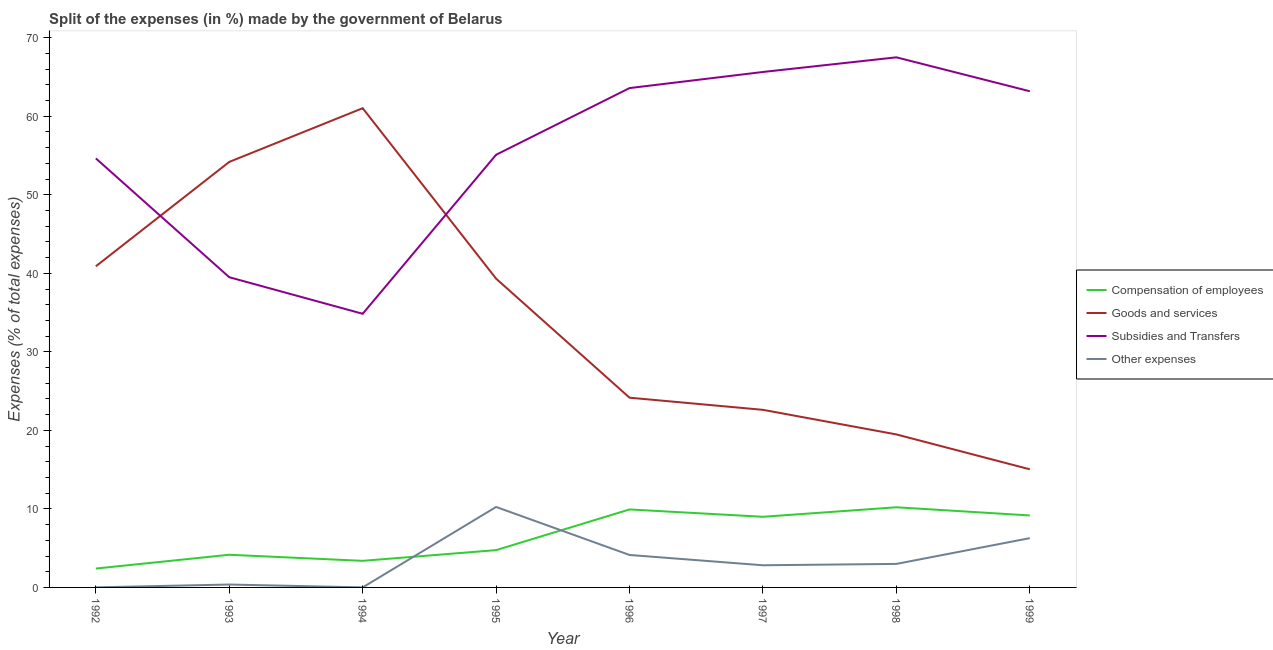
| Year | Compensation of employees | Goods and services | Subsidies and Transfers | Other expenses |
 | --- | --- | --- | --- | --- |
 | 1992 | 2.41 | 40.9 | 54.6 | 0.0094 |
 | 1993 | 4.16 | 54.2 | 39.5 | 0.369 |
 | 1994 | 3.39 | 61 | 34.8 | 0.00418 |
 | 1995 | 4.75 | 39.3 | 55.1 | 10.2 |
 | 1996 | 9.93 | 24.2 | 63.6 | 4.13 |
 | 1997 | 8.99 | 22.6 | 65.6 | 2.82 |
 | 1998 | 10.2 | 19.5 | 67.5 | 2.99 |
 | 1999 | 9.17 | 15 | 63.2 | 6.28 |